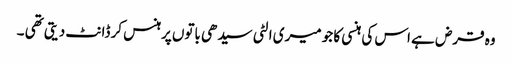
وہ قرض ہے اس کی ہنسی کا جو میری الٹی سیدھی باتوں پرہنس کر ڈانٹ دیتی تھی ۔